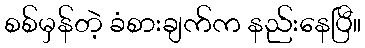
စစ်မှန်တဲ့ ခံစားချက်က နည်းနေပြီ။